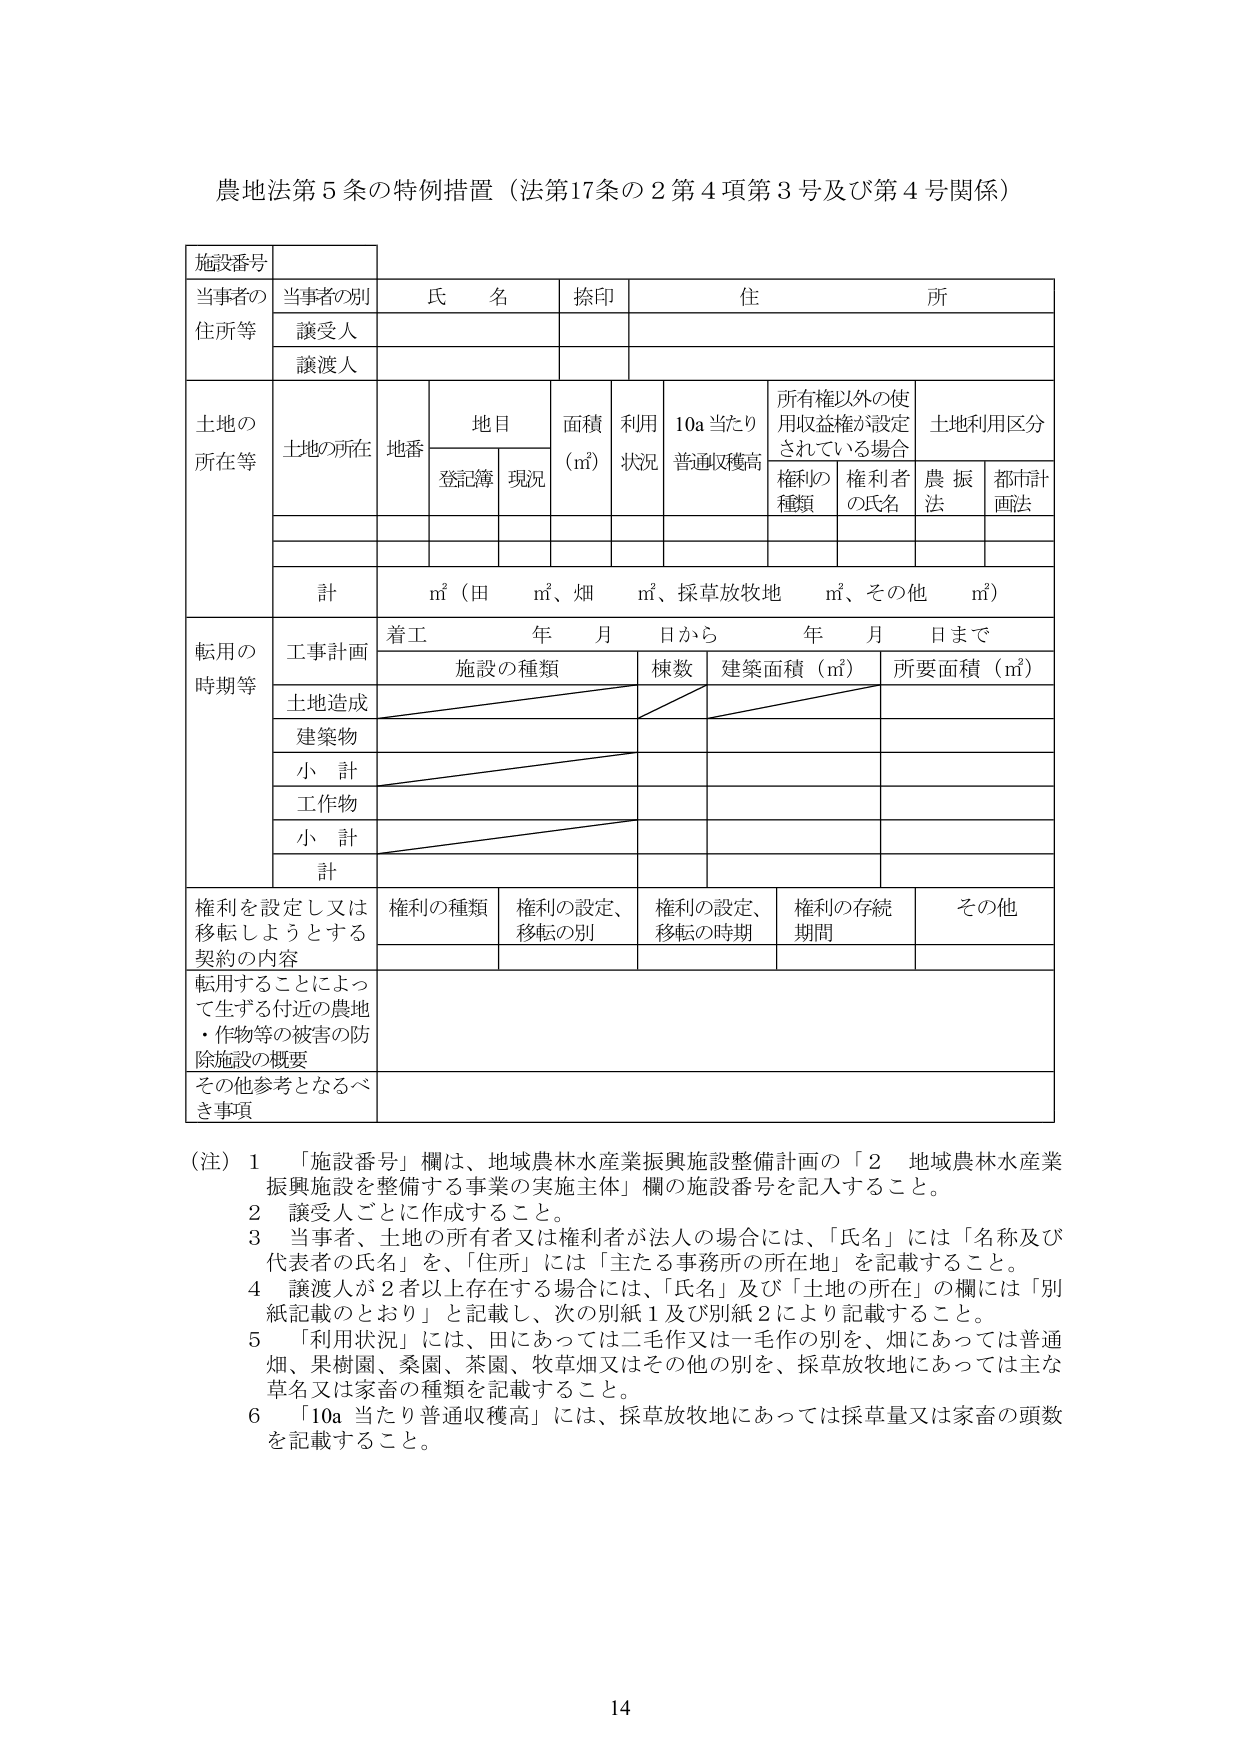
農地法第５条の特例措置（法第17条の２第４項第３号及び第４号関係）

施設番号

当事者の
住所等
当事者の別
氏 名
捺印
住 所
譲受人
譲渡人

土地の
所在等
土地の所在
地番
地目
面積
（㎡）
利用
状況
10a当たり
普通収穫高
所有権以外の使用収益権が設定されている場合
土地利用区分
登記簿
現況
権利の
種類
権利者
の氏名
農振法
都市計画法

計
㎡（田 ㎡、畑 ㎡、採草放牧地 ㎡、その他 ㎡）

転用の
時期等
工事計画
着工 年 月 日から 年 月 日まで
施設の種類
棟数
建築面積（㎡）
所要面積（㎡）
土地造成
建築物
小 計
工作物
小 計
計

権利を設定し又は
移転しようとする
契約の内容
権利の種類
権利の設定、
移転の別
権利の設定、
移転の時期
権利の存続
期間
その他

転用することによっ
て生ずる付近の農地
・作物等の被害の防
除施設の概要

その他参考となるべ
き事項

（注） 1 「施設番号」欄は、地域農林水産業振興施設整備計画の「2 地域農林水産業振興施設を整備する事業の実施主体」欄の施設番号を記入すること。
2 譲受人ごとに作成すること。
3 当事者、土地の所有者又は権利者が法人の場合には、「氏名」には「名称及び代表者の氏名」を、「住所」には「主たる事務所の所在地」を記載すること。
4 譲渡人が2者以上存在する場合には、「氏名」及び「土地の所在」の欄には「別紙記載のとおり」と記載し、次の別紙1及び別紙2により記載すること。
5 「利用状況」には、田にあっては二毛作又は一毛作の別を、畑にあっては普通畑、果樹園、桑園、茶園、牧草畑又はその他の別を、採草放牧地にあっては主な草名又は家畜の種類を記載すること。
6 「10a当たり普通収穫高」には、採草放牧地にあっては採草量又は家畜の頭数を記載すること。

14